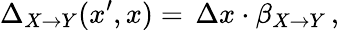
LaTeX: \Delta_{X\rightarrow Y}(x^{\prime},x)=\, \Delta x\cdot\beta_{X{\to}Y}\, ,